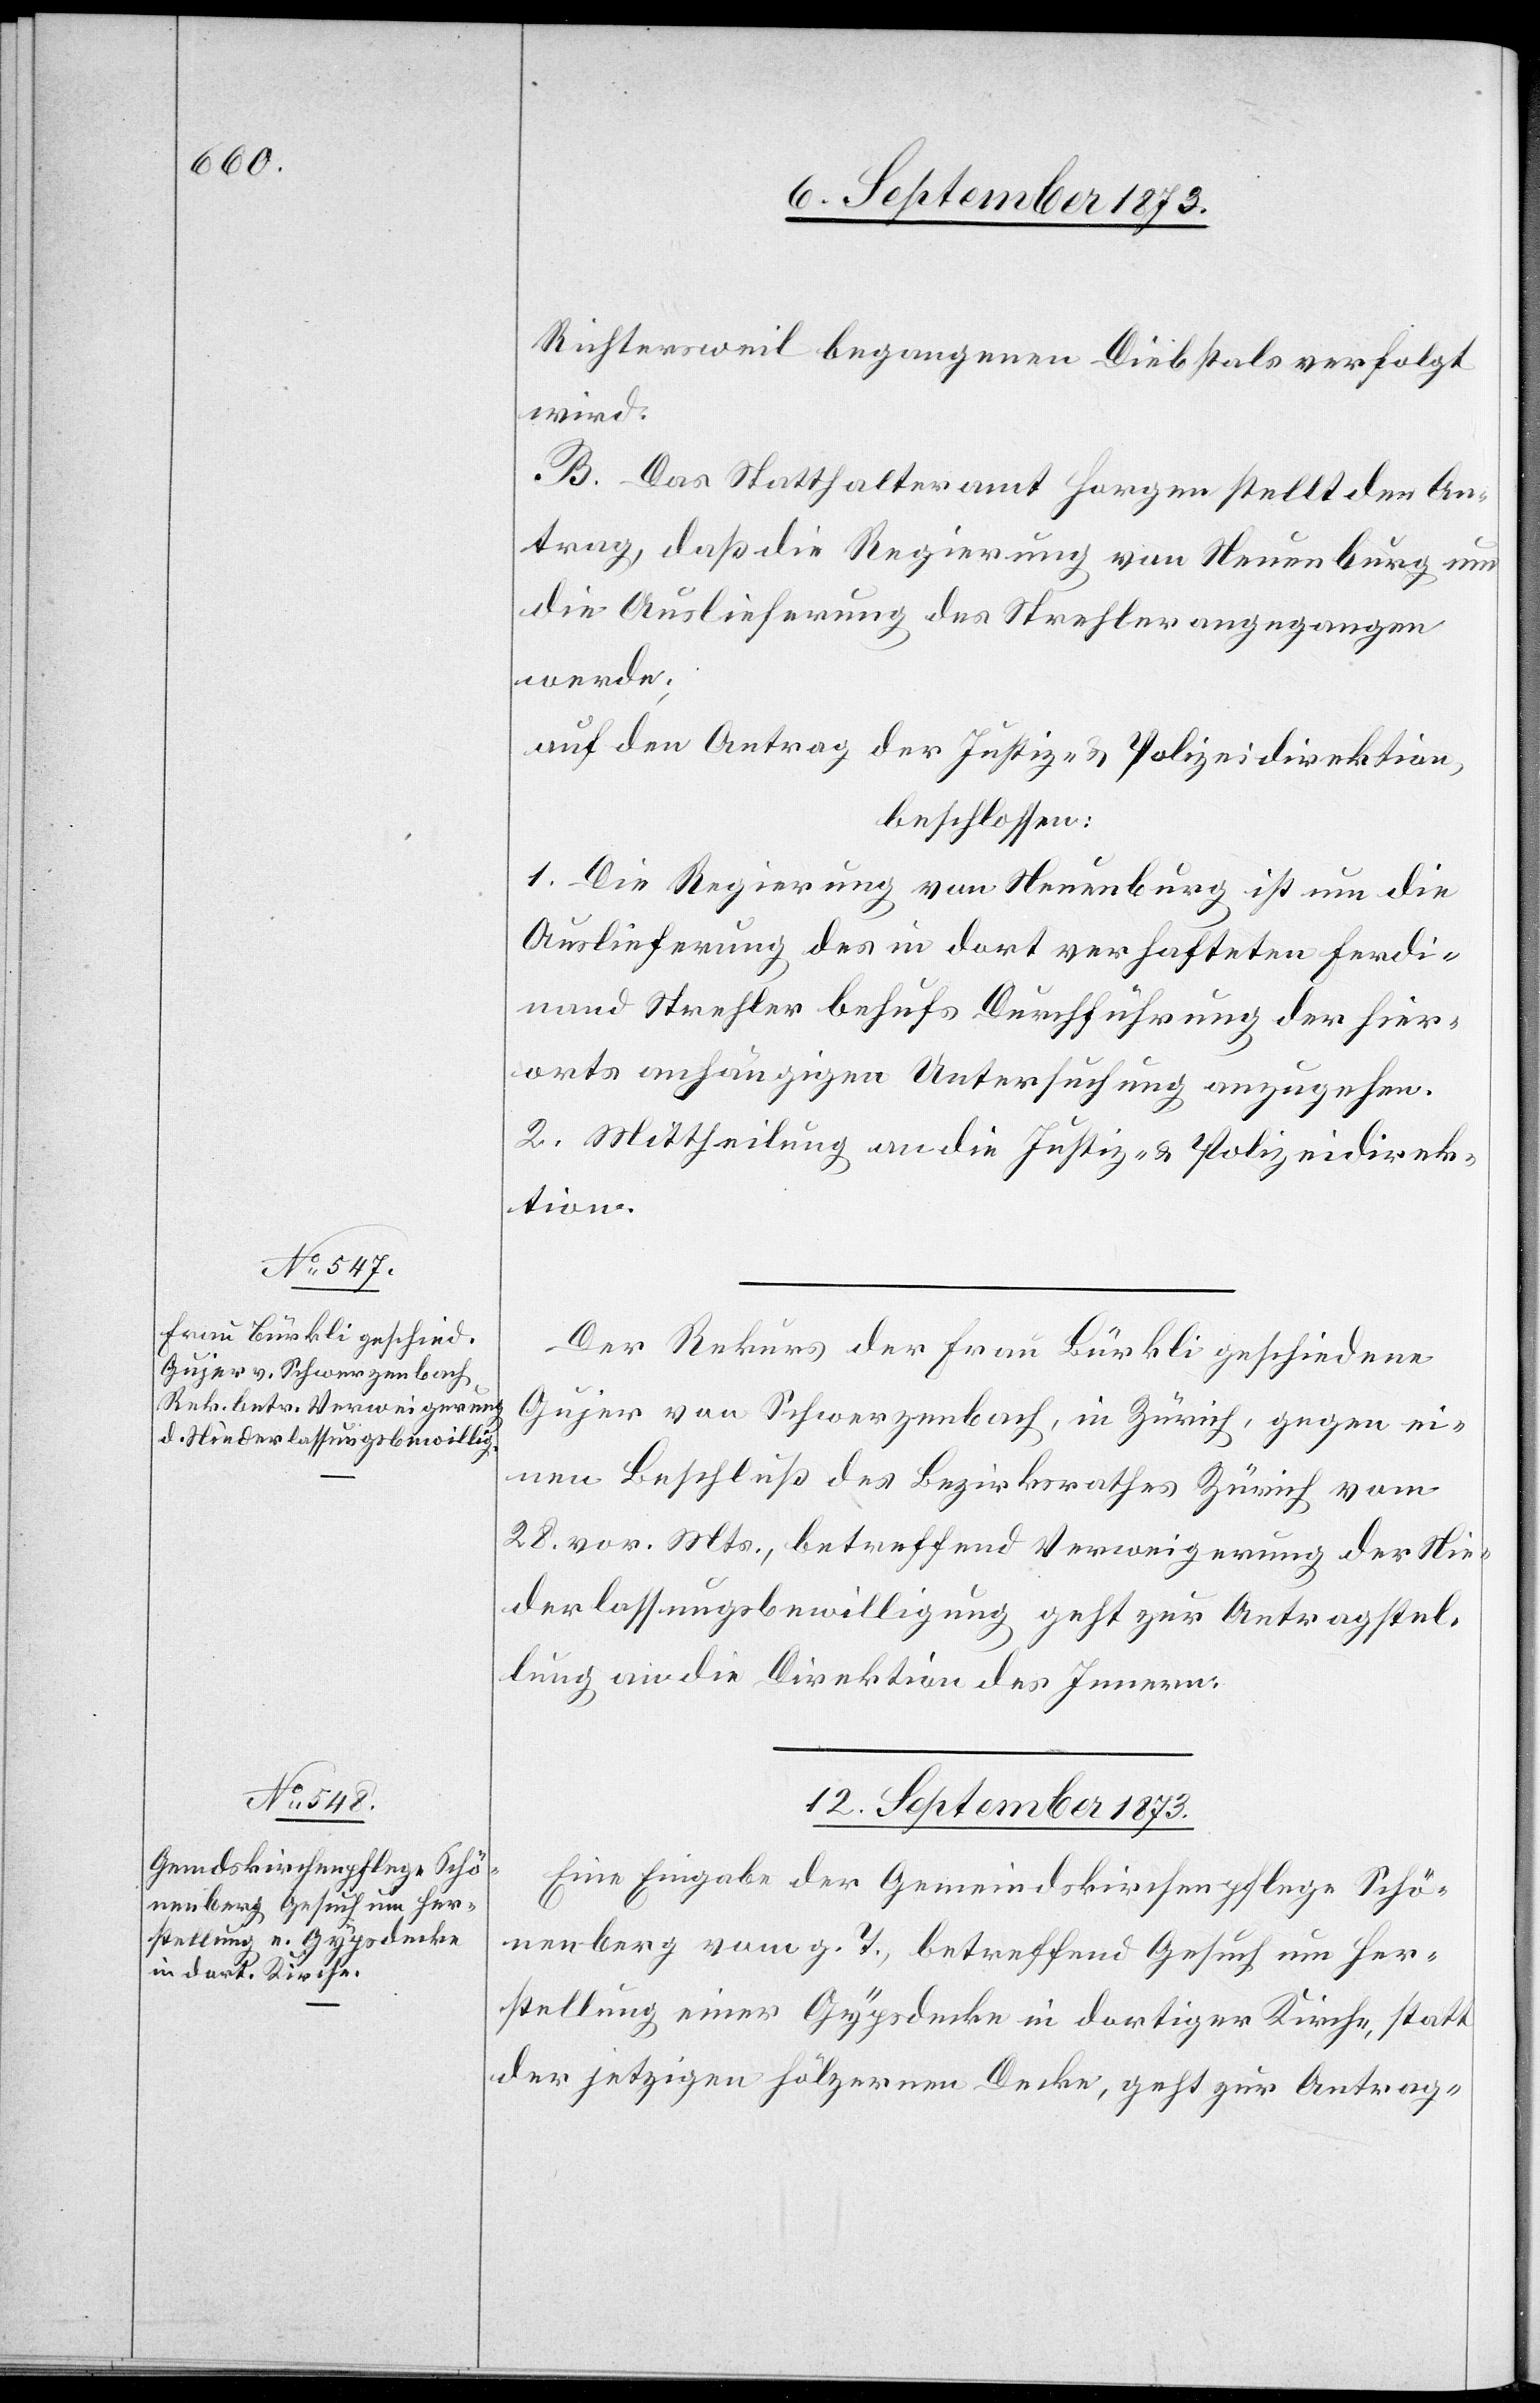
Richtersweil begangenen Diebstals verfolgt
wird.
B. Das Statthalteramt Horgen stellt den An¬
trag, daß die Regierung von Neuenburg um
die Auslieferung des Strehler angegangen
werde;
auf den Antrag der Justiz- & Polizeidirektion,
beschlossen:
1. Die Regierung von Neuenburg ist um die
Auslieferung des in dort verhafteten Ferdi¬
nand Strehler behufs Durchführung der hier¬
orts anhängigen Untersuchung anzugehen.
2. Mittheilung an die Justiz- & Polizeidirek¬
tion.
Der Rekurs der Frau Bürkli geschiedene
Gujer von Schwerzenbach, in Zürich, gegen ei¬
nen Beschluß des Bezirksrathes Zürich vom
28. vor. Mts., betreffend Verweigerung der Nie¬
derlassungsbewilligung geht zur Antragstel¬
lung an die Direktion des Innern.
12. September 1873.
Eine Eingabe der Gemeindskirchenpflege Schö¬
nenberg vom g. T., betreffend Gesuch um Her¬
stellung einer Gypsdecke in dortiger Kirche, statt
der jetzigen hölzernen Decke, geht zur Antrag-